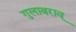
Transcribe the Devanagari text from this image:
गुलाबराव्